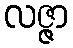
လဇ္ဇာ